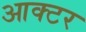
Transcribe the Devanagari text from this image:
आक्टर